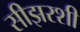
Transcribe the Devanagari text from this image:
सीझरशी